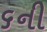
૬ની